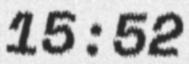
15:52